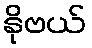
နိုဗယ်